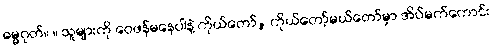
ဓမ္မဂုတ်။ ။ သူများကို ဝေဖန်မနေပါနဲ့ ကိုယ်တော်, ကိုယ်တော့်မယ်တော်မှာ အိပ်မက်ကောင်း